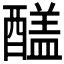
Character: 𨢸